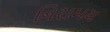
નિરામય